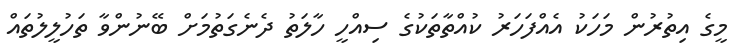
މީގެ އިތުރުން މަހަކު އެއްފަހަރު ކުއްތާތަކުގެ ސިއްހީ ހާލަތު ދެނެގަތުމަށް ބޭނުންވާ ތަހުލީލުތައް